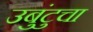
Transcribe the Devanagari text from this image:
उबुंटुचा